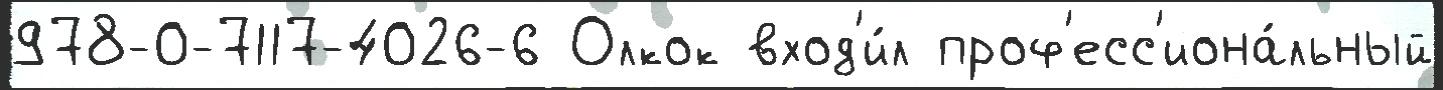
978-0-7117-4026-6 Олкок вход'и́л проф'есс'иона́льный